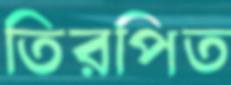
তিরপিত